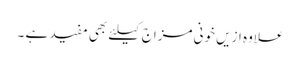
علاوہ ازیں خونی مزاج کیلئے بھی مفید ہے ۔